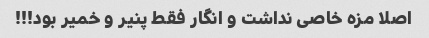
اصلا مزه خاصی نداشت و انگار فقط پنیر و خمیر بود!!!